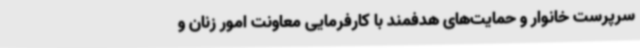
سرپرست خانوار و حمایت‌های هدفمند با کارفرمایی معاونت امور زنان و